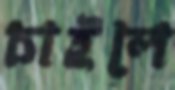
চাইলে